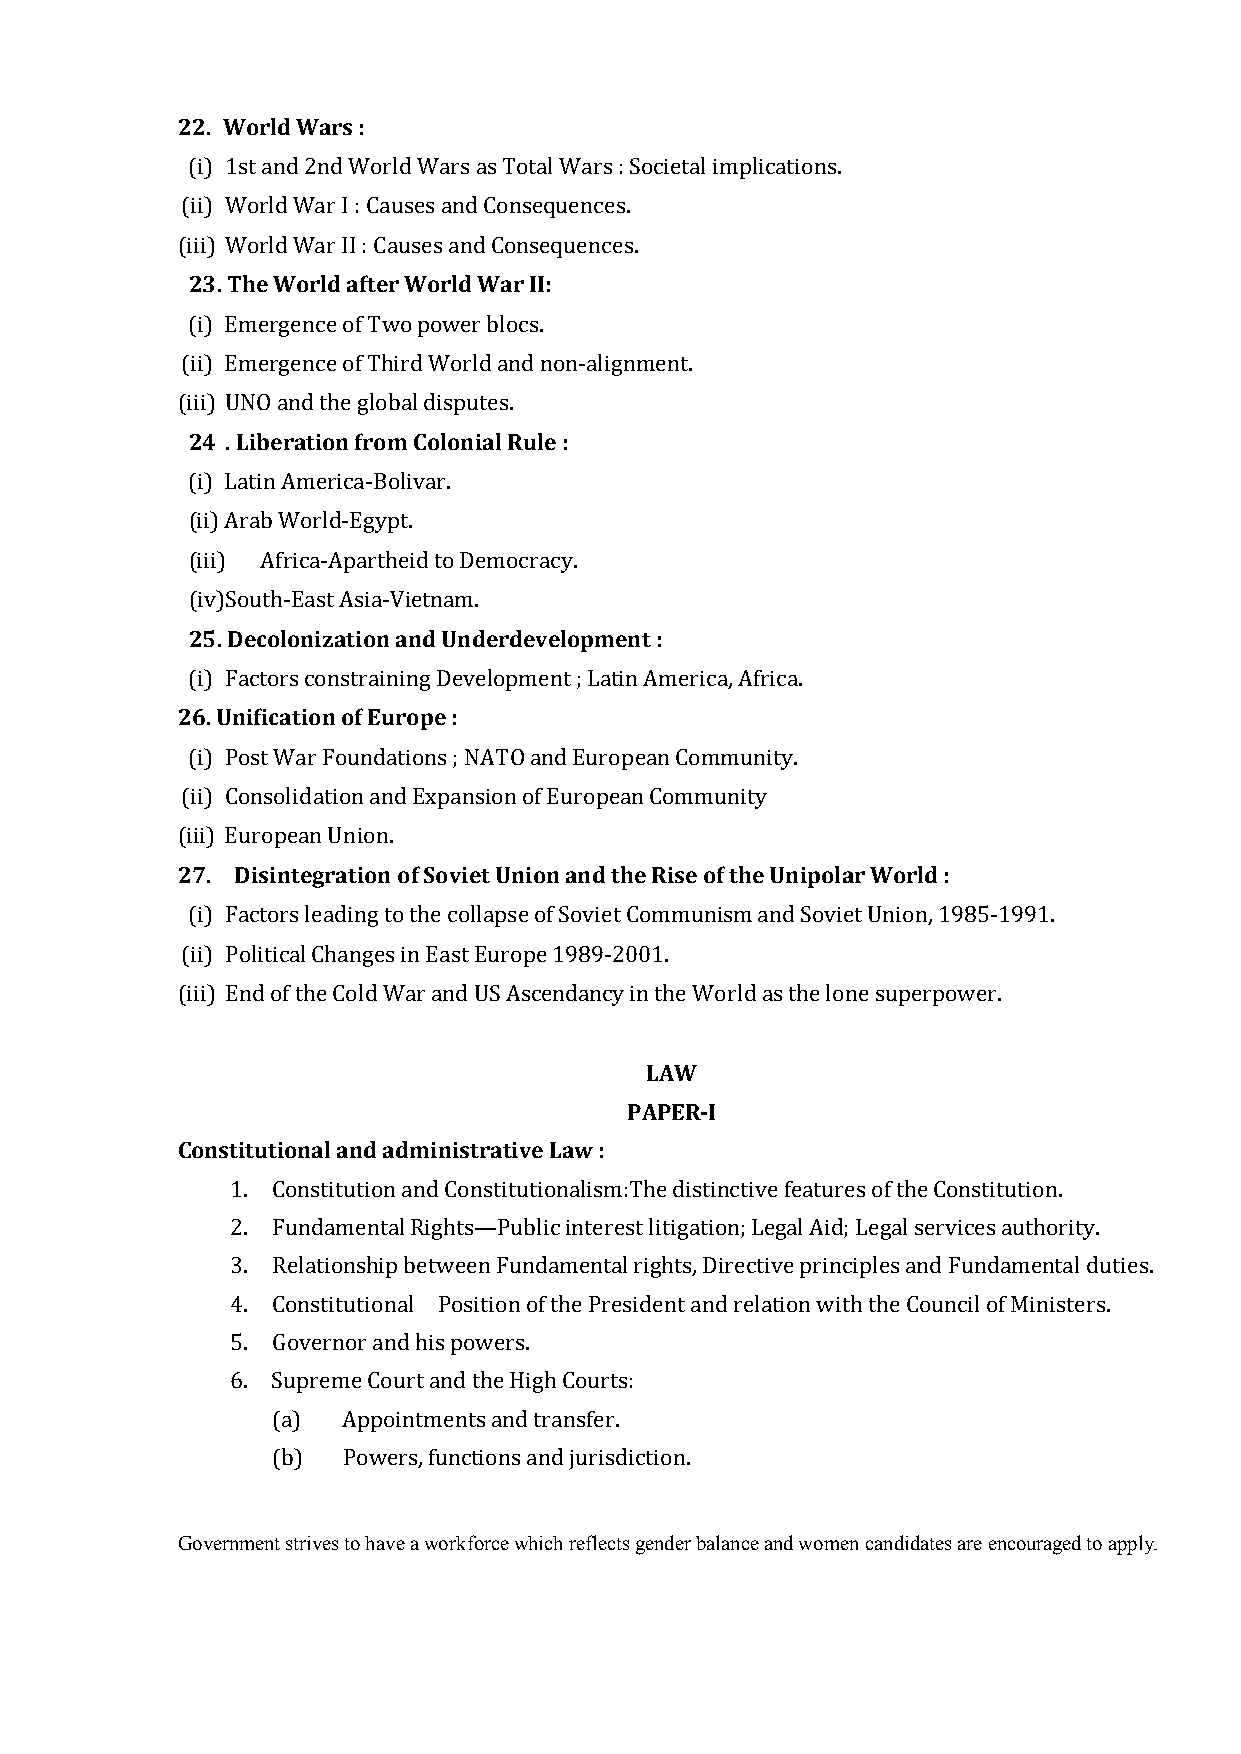
22. World Wars :
 (i) 1st and 2nd World Wars as Total Wars : Societal implications.
 (ii) World War I : Causes and Consequences.
 23. The World after World War II:
 (iii) World War II : Causes and Consequences.
 (i) Emergence of Two power blocs.
 (ii) Emergence of Third World and non-alignment.
 24 . Liberation from Colonial Rule :
 (iii) UNO and the global disputes.
 (i) Latin America-Bolivar.
 (ii) Arab World-Egypt.
 (iii) Africa-Apartheid to Democracy.
 25. Decolonization and Underdevelopment :
 (iv) South-East Asia-Vietnam.
 26. Unification of Europe :
 (i) Factors constraining Development ; Latin America, Africa.
 (i) Post War Foundations ; NATO and European Community.
 (ii) Consolidation and Expansion of European Community
 27. Disintegration of Soviet Union and the Rise of the Unipolar World :
 (iii) European Union.
 (i) Factors leading to the collapse of Soviet Communism and Soviet Union, 1985-1991.
 (ii) Political Changes in East Europe 1989-2001.
 (iii) End of the Cold War and US Ascendancy in the World as the lone superpower.
 LAW
 PAPER-I
 Constitutional and administrative Law :
 1. Constitution and Constitutionalism:The distinctive features of the Constitution.
 2. Fundamental Rights—Public interest litigation; Legal Aid; Legal services authority.
 3. Relationship between Fundamental rights, Directive principles and Fundamental duties.
 4. Constitutional Position of the President and relation with the Council of Ministers.
 5. Governor and his powers.
 6. Supreme Court and the High Courts:
 (a)  Appointments and transfer.
 (b)  Powers, functions and jurisdiction.
 Government strives to have a workforce which reflects gender balance and women candidates are encouraged to apply.